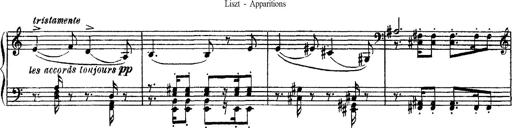
Title: Apparitions
Composer: Franz Liszt